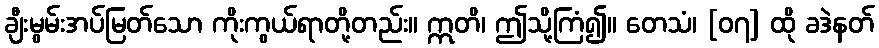
ချီးမွမ်းအပ်မြတ်သော ကိုးကွယ်ရာတို့တည်း။ ဣတိ၊ ဤသို့ကြံ၍။ တေသံ၊ [၀၇] ထို ခဒဲနတ်